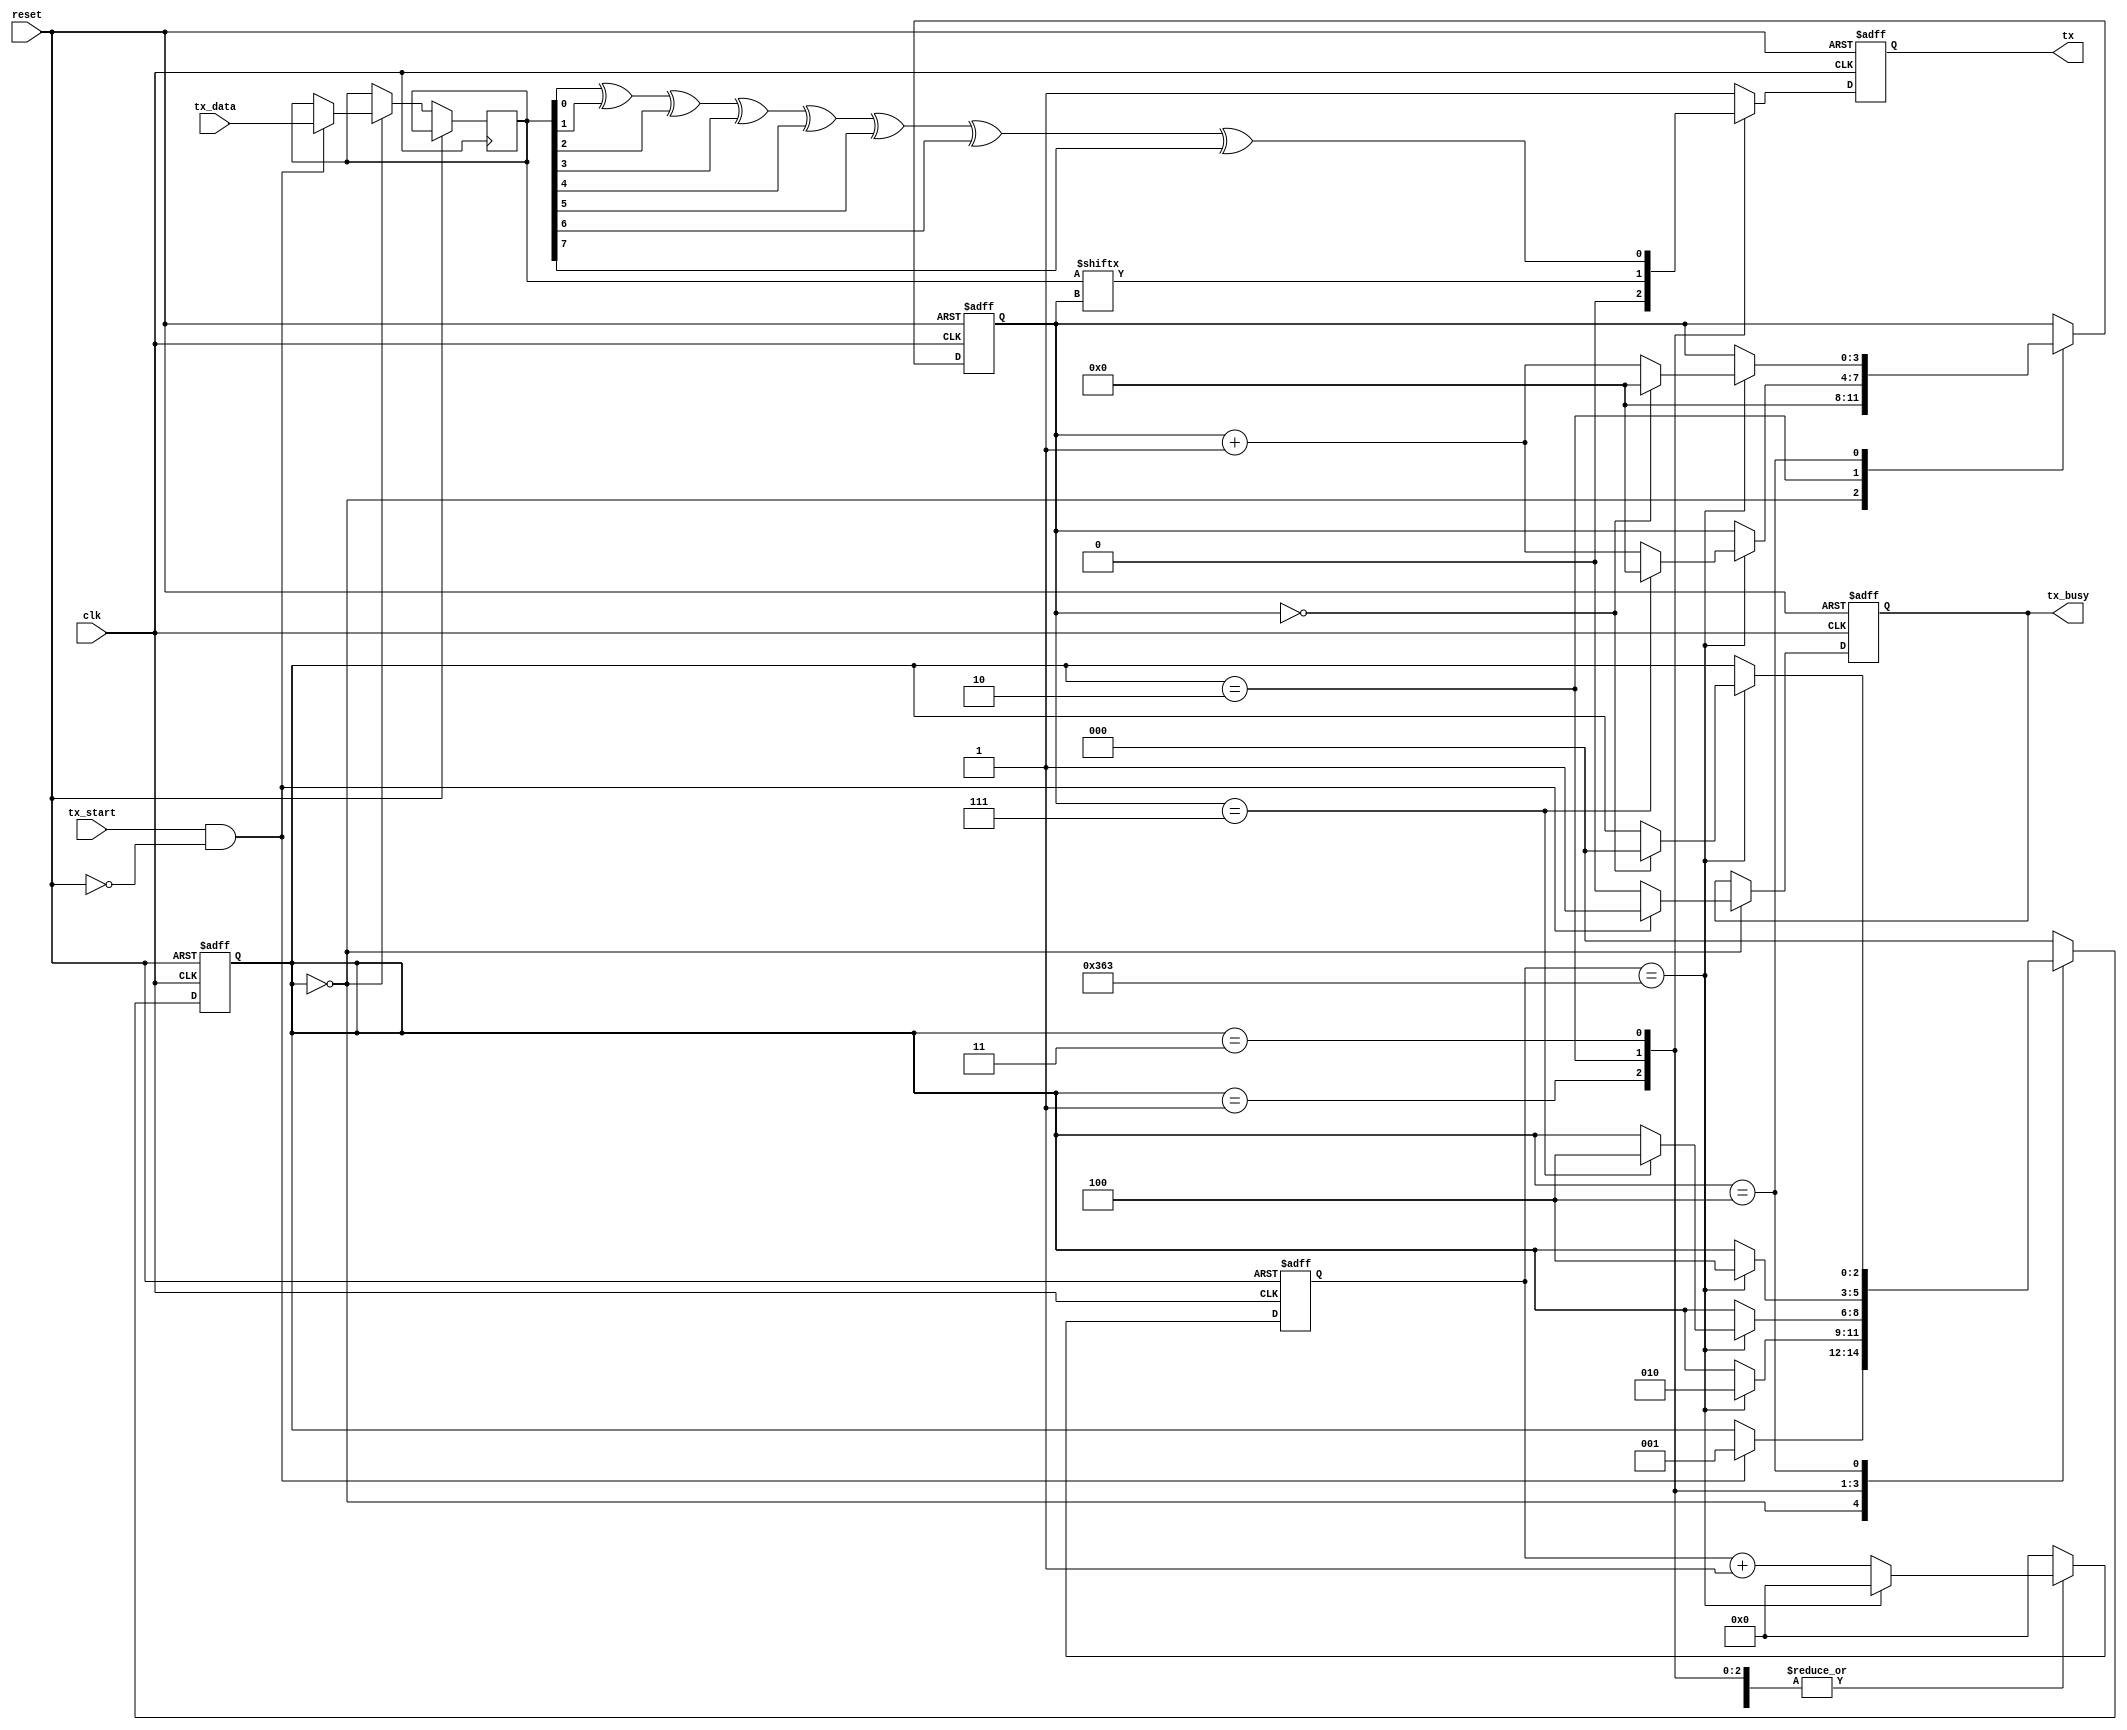
module uart_tx (clk, reset, tx_start, tx_data, tx_busy, tx);

  input wire                         clk, reset;
  input wire                         tx_start;
  input wire [PAYLOAD_WIDTH - 1:0]   tx_data;
  output reg                         tx_busy;  
  output reg                         tx = 1'b1;

  parameter     INPUT_CLK      = 100_000_000;
  parameter     BAUD_RATE      = 115200;
  parameter     PAYLOAD_WIDTH  = 8;
  parameter     STOP_BITS      = 1;
  parameter     PARITY_BIT     = 0;

  localparam    CYCLES_PER_BIT = (INPUT_CLK / BAUD_RATE) - 1;

  // Program States
  localparam    IDLE_STATE     = 0;
  localparam    START_STATE    = 1;
  localparam    DATA_STATE     = 2;
  localparam    PARITY_STATE   = 3;
  localparam    STOP_STATE     = 4;
  reg [2:0]     state_reg      = IDLE_STATE;

  reg [3:0]                 bits_transmited = 0;
  reg [PAYLOAD_WIDTH - 1:0] data = 0;
  reg [15:0]                counter = 0;


  // State Machine
  always @(posedge clk or posedge reset) begin
    counter <= counter + 1;           // Cycles per bit counter  
    
    if (reset) begin
      tx <= 1'b1;
      tx_busy <= 1'b0;                     
      counter <= 0;                     // Reset Counter
      bits_transmited <= 0;             // Resets bits transmited
      state_reg <= IDLE_STATE;
    end
    else begin
      case(state_reg)
        IDLE_STATE: begin
          tx <= 1'b1;
          tx_busy <= 1'b0;                     
          counter <= 0;                     // Reset Counter
          bits_transmited <= 0;             // Resets bits transmited
          if (tx_start && ~reset) begin
            data <= tx_data;
            tx_busy <= 1'b1;                 
            state_reg <= START_STATE;      // Next State
          end
        end

        START_STATE: begin
          tx <= 1'b0;
          if (counter == CYCLES_PER_BIT) begin
            state_reg <= DATA_STATE;
            counter <= 0;
          end
        end

        DATA_STATE: begin
          tx <= data[bits_transmited];
          if (counter == CYCLES_PER_BIT) begin
            counter <= 0;
            bits_transmited <= bits_transmited + 1;
            if (bits_transmited == (PAYLOAD_WIDTH - 1)) begin
              bits_transmited <= 0;
              if (PARITY_BIT) begin
                state_reg <= PARITY_STATE;
              end else begin
                state_reg <= STOP_STATE;
              end
            end
          end
        end

        PARITY_STATE: begin
          tx <= data[0] ^ data[1] ^ data[2] ^ data[3] ^ data[4] ^ data[5] ^ data[6] ^ data[7];
          if (counter == CYCLES_PER_BIT) begin
            state_reg <= STOP_STATE;
            counter <= 0;
          end
        end

        STOP_STATE: begin
          tx <= 1'b1;
          if (counter == CYCLES_PER_BIT) begin
            counter <= 0;
            bits_transmited <= bits_transmited + 1;
            if (bits_transmited == (STOP_BITS - 1)) begin
              state_reg <= IDLE_STATE;
              bits_transmited <= 0;
            end
          end
        end

        default: begin
          tx <= 1'b1;
          counter <= 0;
          state_reg <= IDLE_STATE;
        end
      endcase    
    end
  end

endmodule